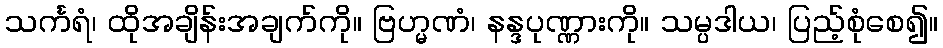
သင်္ကရံ၊ ထိုအချိန်းအချက်ကို။ ဗြဟ္မဏံ၊ နန္ဒပုဏ္ဏားကို။ သမ္ပဒါယ၊ ပြည့်စုံစေ၍။